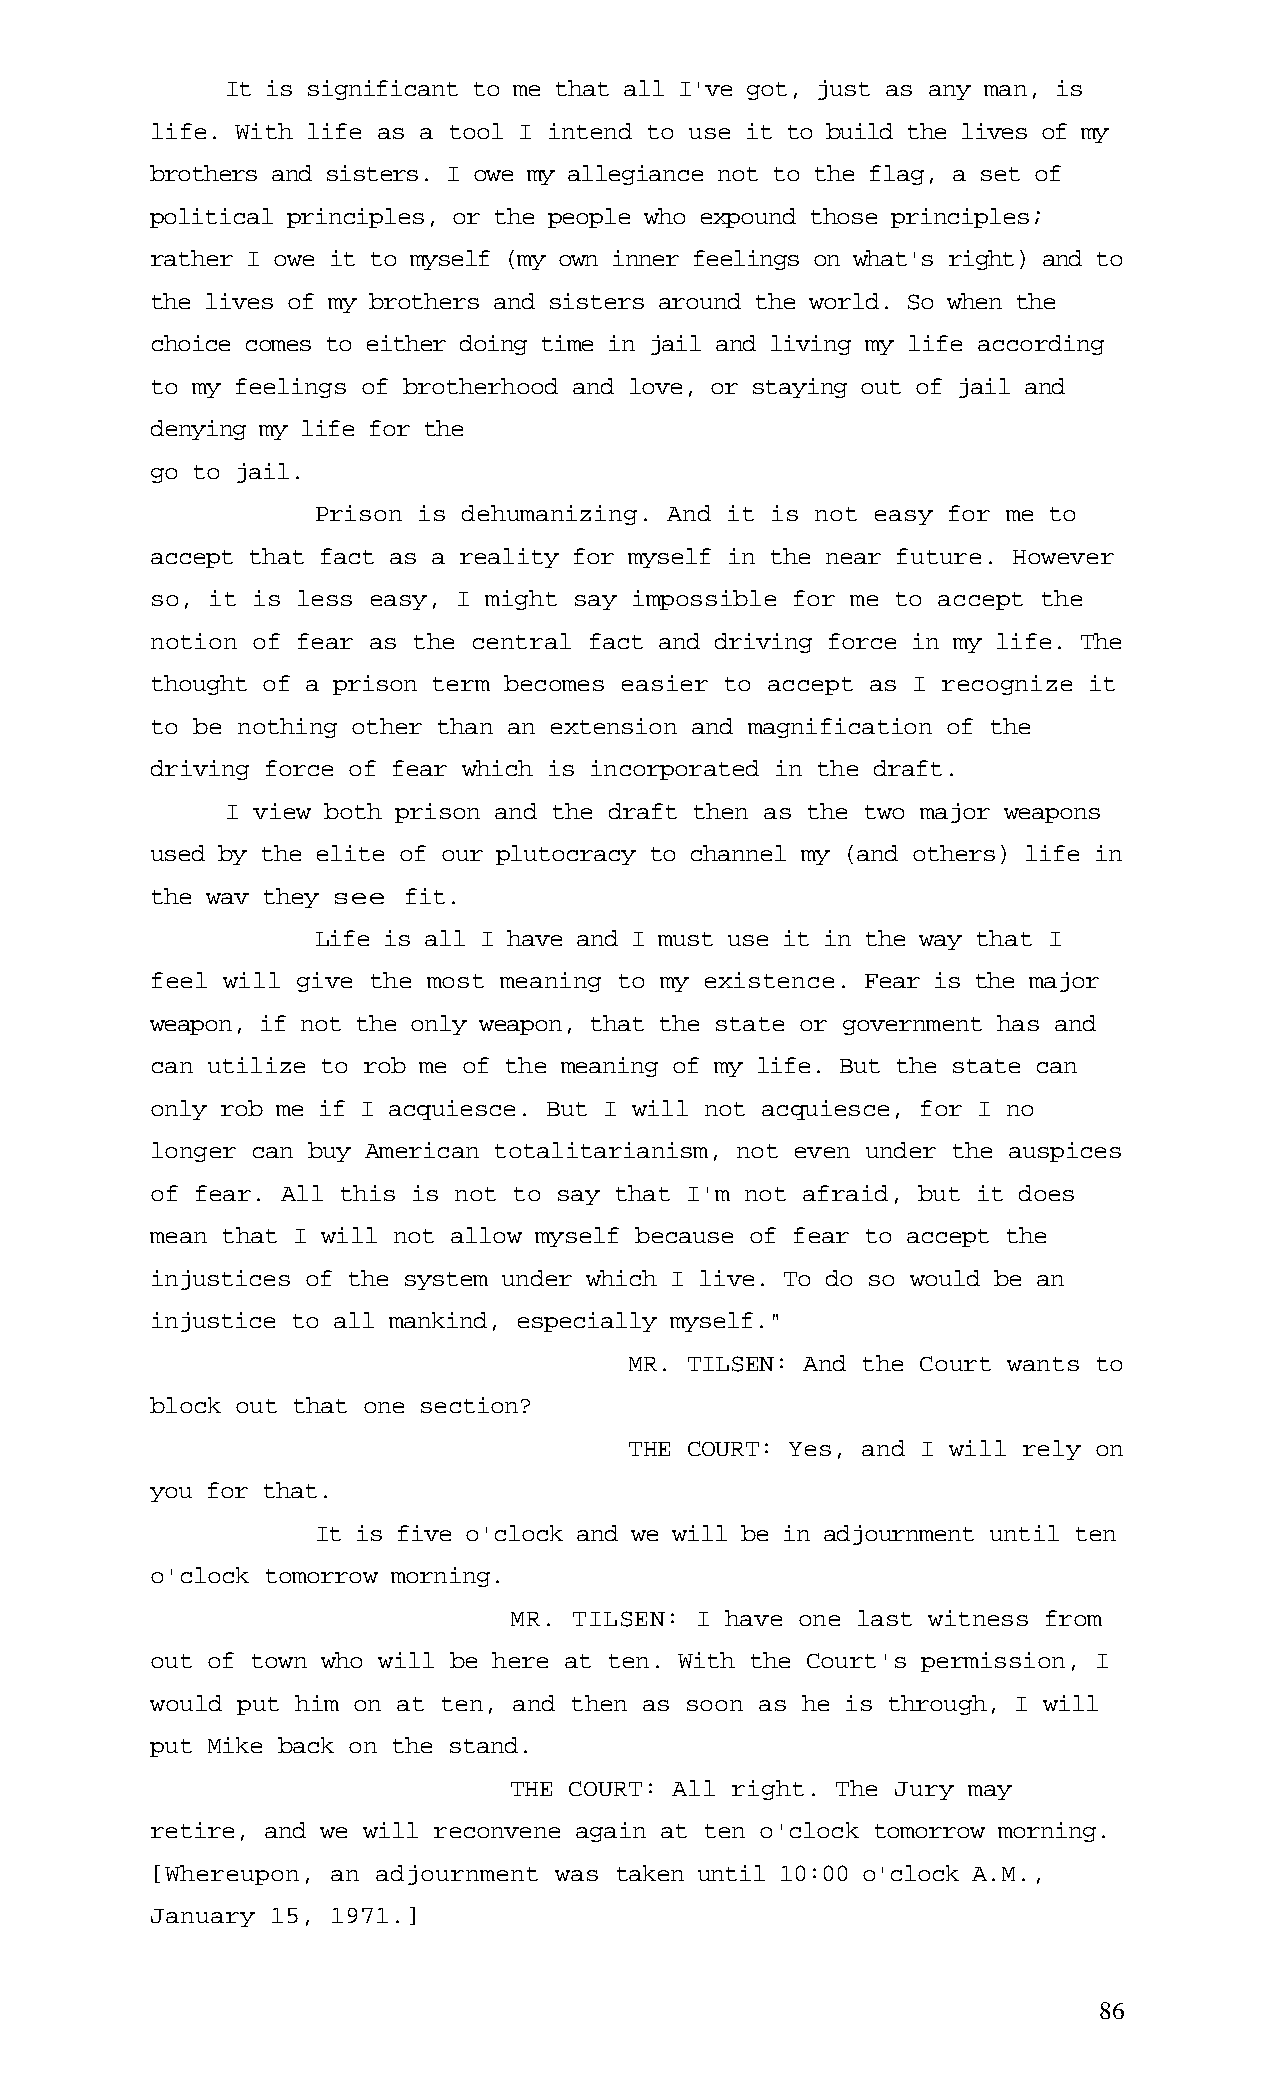
It is significant to me that all I've got, just as any man, is
 life. With life as a tool I intend to use it to build the lives of my
 brothers and sisters. I owe my allegiance not to the flag, a set of
 political principles, or the people who expound those principles;
 rather I owe it to myself (my own inner feelings on what's right) and to
 the lives of my brothers and sisters around the world. So when the
 choice comes to either doing time in jail and living my life according
 to my feelings of brotherhood and love, or staying out of jail and
 denying my life for the
 go to jail.
 Prison is dehumanizing. And it is not easy for me to
 accept that fact as a reality for myself in the near future. However
 so, it is less easy, I might say impossible for me to accept the
 notion of fear as the central fact and driving force in my life. The
 thought of a prison term becomes easier to accept as I recognize it
 to be nothing other than an extension and magnification of the
 driving force of fear which is incorporated in the draft.
 I view both prison and the draft then as the two major weapons
 used by the elite of our plutocracy to channel my (and others) life in
 the wav they see fit.
 Life is all I have and I must use it in the way that I
 feel will give the most meaning to my existence. Fear is the major
 weapon, if not the only weapon, that the state or government has and
 can utilize to rob me of the meaning of my life. But the state can
 only rob me if I acquiesce. But I will not acquiesce, for I no
 longer can buy American totalitarianism, not even under the auspices
 of fear. All this is not to say that I'm not afraid, but it does
 mean that I will not allow myself because of fear to accept the
 injustices of the system under which I live. To do so would be an
 injustice to all mankind, especially myself."
 MR. TILSEN: And the Court wants to
 block out that one section?
 THE COURT: Yes, and I will rely on
 you for that.
 It is five o'clock and we will be in adjournment until ten
 o'clock tomorrow morning.
 MR. TILSEN: I have one last witness from
 out of town who will be here at ten. With the Court's permission, I
 would put him on at ten, and then as soon as he is through, I will
 put Mike back on the stand.
 THE COURT: All right. The Jury may
 retire, and we will reconvene again at ten o'clock tomorrow morning.
 [Whereupon, an adjournment was taken until 10:00 o'clock A.M.,
 January 15, 1971.]
 86